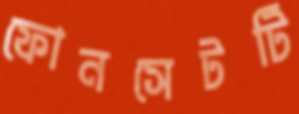
ফোনসেটটি